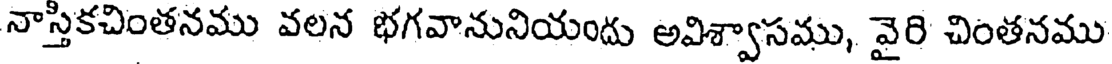
నాస్తికచింతనము వలన భగవానునియందు అవిశ్వాసము, వైరి చింతనము